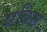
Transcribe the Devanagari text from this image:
सबिल